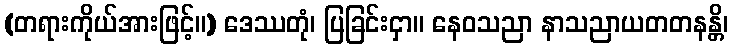
(တရားကိုယ်အားဖြင့်။) ဒေဿတုံ၊ ပြခြင်းငှာ။ နေဝသညာ နာသညာယတတနန္တိ၊